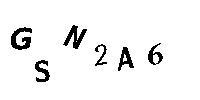
GSN2A6